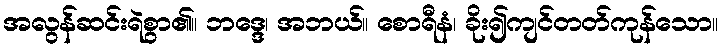
အလွန်ဆင်းရဲစွာ၏။ ဘဒ္ဒေ၊ အဘယ်။ စောရီနံ၊ ခိုး၍ကျင်တတ်ကုန်သော။